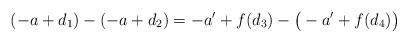
LaTeX: \begin{align*} (-a+d_1) - (-a+d_2) = -a' + f(d_3) - \big(-a' + f(d_4)\big)\end{align*}